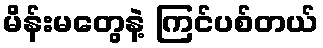
မိန်းမတွေနဲ့ ကြင်ပစ်တယ်